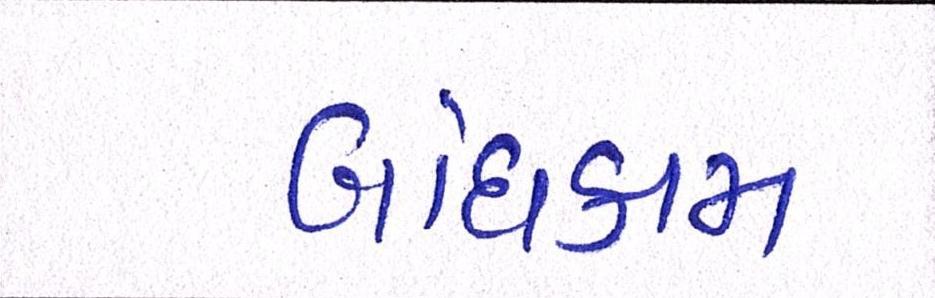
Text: બાંધકામ